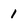
Character: 1